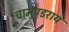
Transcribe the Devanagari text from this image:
चामुण्डराय